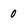
Character: 0